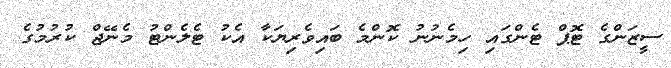
ސީޒަންގެ ޓޮޕް ޓެންގައި ހިމެނުނު ކޮންމެ ބައިވެރިޔަކާ އެކު ޓެލެންޓު މެނޭޖް ކުރުމުގެ